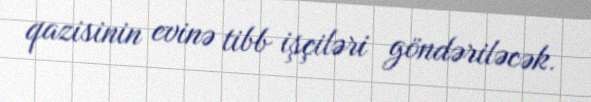
qazisinin evinə tibb işçiləri göndəriləcək.